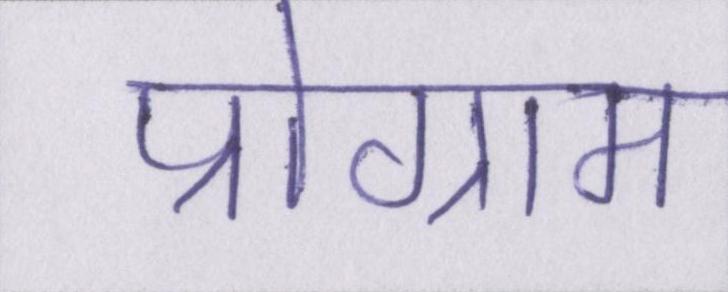
प्रोग्राम